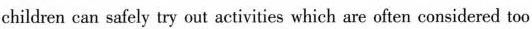
children can safely try out activities which are often considered too